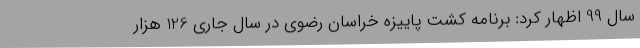
سال 99 اظهار کرد: برنامه کشت پاییزه خراسان رضوی در سال جاری 126 هزار